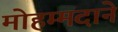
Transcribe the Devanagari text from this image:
मोहम्मदाने